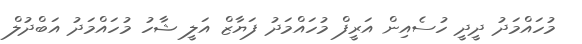
މުހައްމަދު ދީދީ ހުސެއިން އަރީފް މުހައްމަދު ފަޔާޒް އަލީ ޝާހު މުހައްމަދު އަބްދުލް